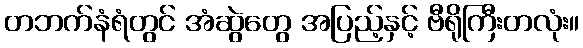
တဘက်နံရံတွင် အံဆွဲတွေ အပြည့်နှင့် ဗီရိုကြီးတလုံး။